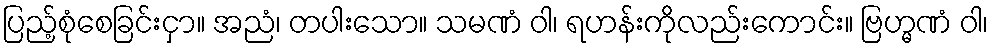
ပြည့်စုံစေခြင်းငှာ။ အညံ၊ တပါးသော။ သမဏံ ဝါ၊ ရဟန်းကိုလည်းကောင်း။ ဗြဟ္မဏံ ဝါ၊